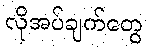
လိုအပ်ချက်တွေ